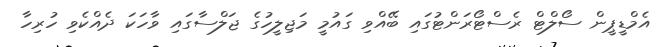
އެމްޑީޕީން ސޯލްޓް ރެސްޓޯރަންޓުގައި ބޭއްވި ގައުމީ މަޖިލީހުގެ ޖަލްސާގައި ވާހަކަ ދެއްކެވި ހުރިހާ